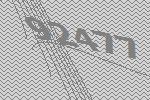
92477